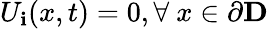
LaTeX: U_{\mathbf{i}}(x,t)=0,\forall~x\in\partial\mathbf{{D}}